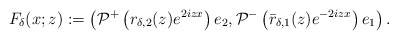
\begin{align*}F_{\delta}(x;z):=\left(\mathcal{P}^+\left(r_{\delta,2}(z) e^{2izx}\right)e_2, \mathcal{P}^-\left(\bar{r}_{\delta,1}(z) e^{-2izx}\right)e_1\right).\end{align*}